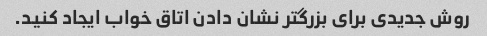
روش جدیدی برای بزرگتر نشان دادن اتاق خواب ایجاد کنید.